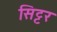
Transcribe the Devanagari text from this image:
सिट्टर